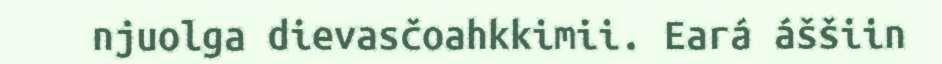
njuolga dievasčoahkkimii. Eará áššiin